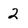
Character: 2